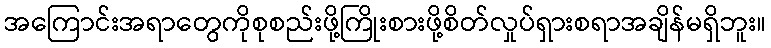
အကြောင်းအရာတွေကိုစုစည်းဖို့ကြိုးစားဖို့စိတ်လှုပ်ရှားစရာအချိန်မရှိဘူး။